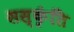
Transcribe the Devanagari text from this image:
सस्कृंति